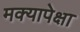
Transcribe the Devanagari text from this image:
मक्यापेक्षा